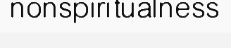
nonspiritualness